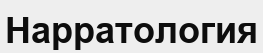
Нарратология